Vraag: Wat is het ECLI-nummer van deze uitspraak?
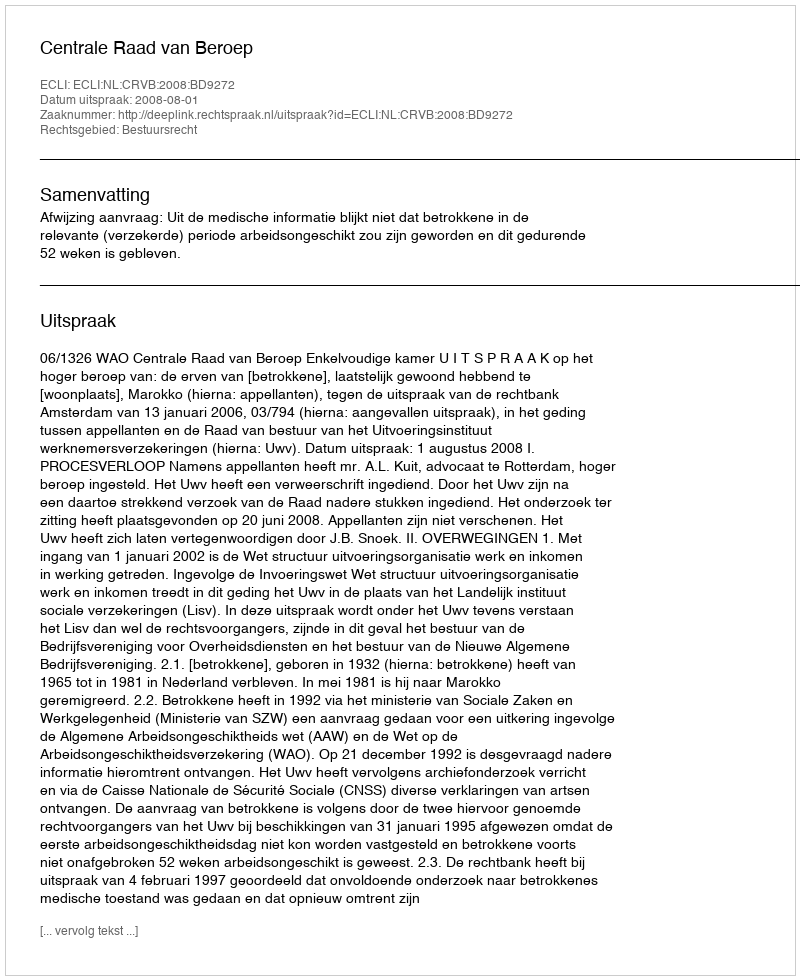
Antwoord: ECLI:NL:CRVB:2008:BD9272